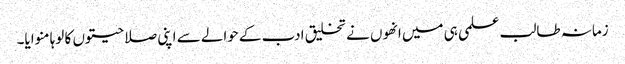
زمانہ طالب علمی ہی میں انھوں نے تخلیق ادب کے حوالے سے اپنی صلاحیتوں کا لوہا منوایا۔